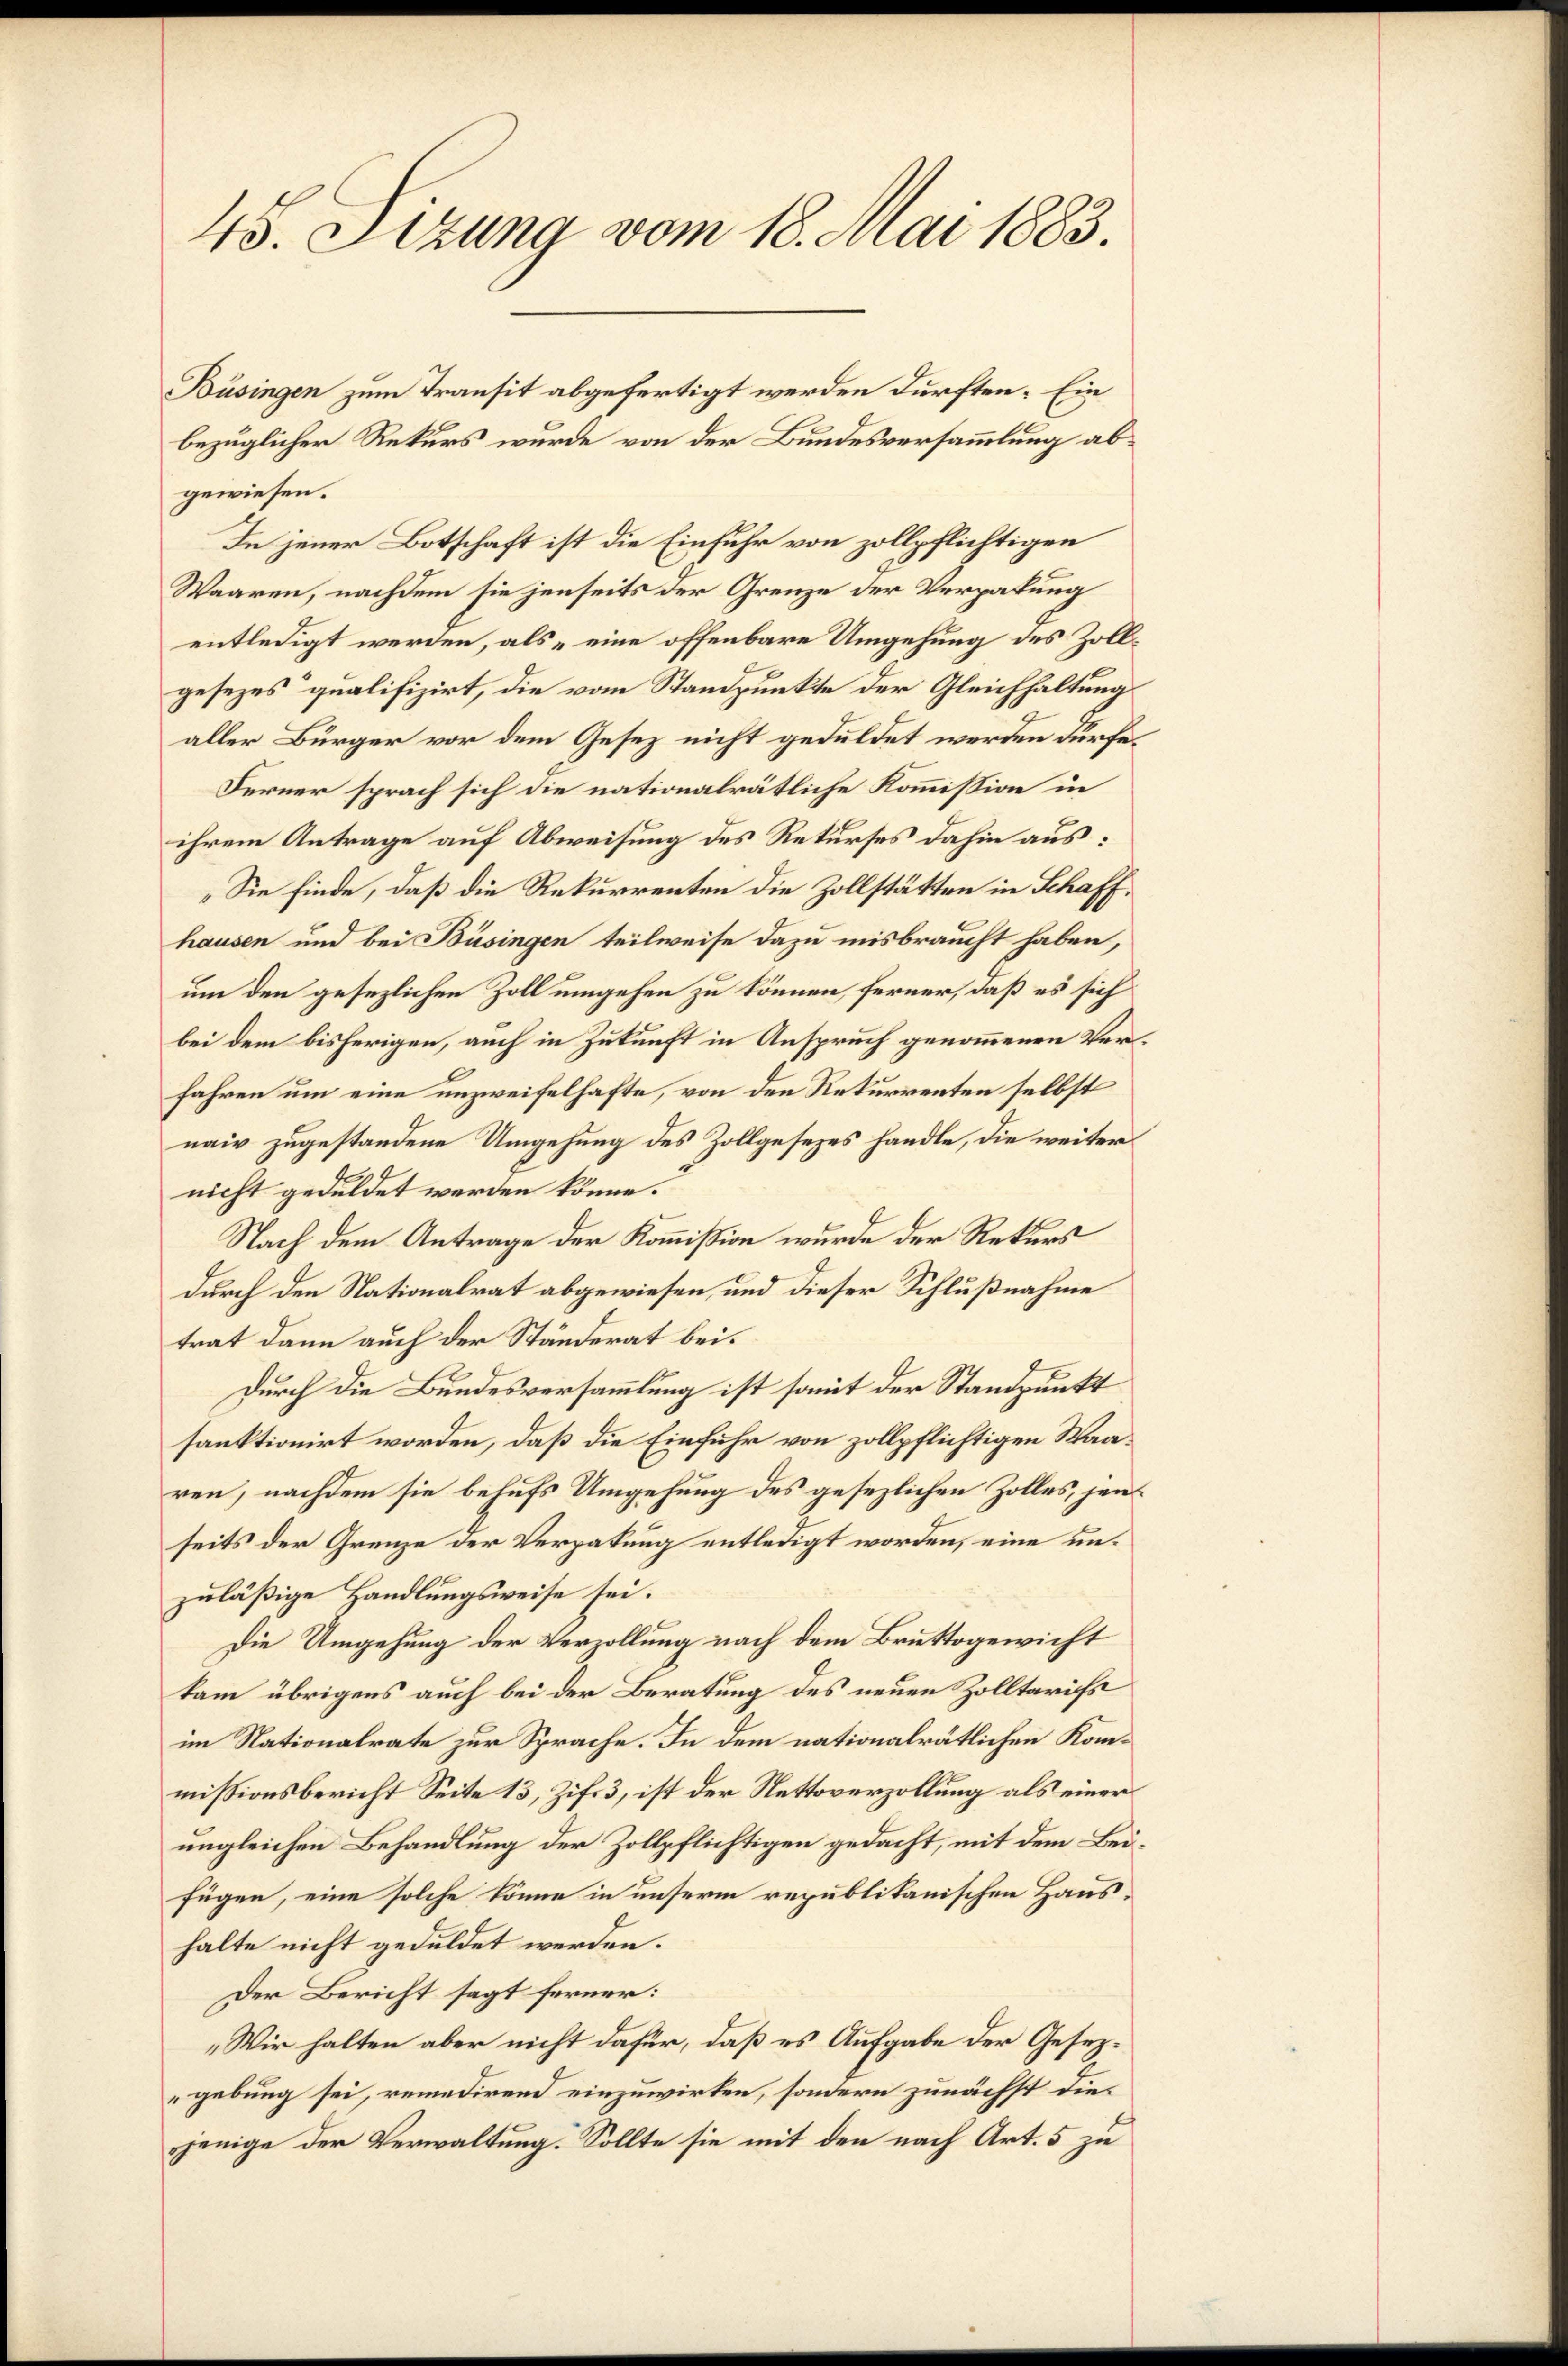
45. Sizung vom 18. Mai 1883.

gewiesen.
In jener Botschaft ist die Einfuhr von zollpflichtigen
Waaren, nachdem sie jenseits der Grenze der Vergabung
entledigt werden, als „eine offenbare Umgehung des Zollgesezes qualifizirt, die vom Standpunkte der Gleichhaltung
aller Bürger vor dem Gesez nicht geduldet werden dürfe.
Ferner sprach sich die nationalrätliche Kommission in
ihrem Antrage auf Abweisung des Rekurses dahin aus:
„Sie finde, daß die Rekurrenten die Zollstätten in Schaffhausen und bei Büsingen teilweise dazu misbraucht haben,
um den gesezlichen Zoll umgehen zu können, ferner, daß es sich
bei dem bisherigen, auch in Zukunft in Anspruch genommenen Verfahren um eine unzweifelhafte, von den Rekurrenten selbst
naiv zugestandene Umgehung des Zollgesezes handle, die weiter
nicht geduldet werden könne.
Nach dem Antrage der Kommission wurde der Rekurs
durch den Nationalrat abgewiesen, und dieser Schlußnahme
trat dann auch der Ständerat bei.
Durch die Bundesversammlung ist somit der Standpunkt
sanktionirt worden, daß die Einfuhr von zollpflichtigen Waaren, nachdem sie behufs Umgehung des gesezlichen Zolles, jens
seits der Grenze der Verpakung entledigt worden, eine unzuläßige Handlungsweise sei.
Die Umgehung der Verzollung nach dem Bruttogewicht
kam übrigens auch bei der Beratung des neuen Zolltarifs
im Nationalrate zur Sprache. In dem nationalrätlichen Kommißionsbericht Seite 13, Zif. 3, ist der Nettoverzollung als einer
ungleichen Behandlung der Zollpflichtigen gedacht, mit dem Beifügen, eine solche könne in unserm republikanischen Haushalte nicht geduldet werden.
Der Bericht sagt ferner:
„Wir halten aber nicht dafür, daß es Aufgabe der Gesezgebung sei, remedirend einzuwirken, sondern zunächst diejenige der Verwaltung. Sollte sie mit den nach Art. 5 zu

Büsingen zum Transit abgefertigt werden dürften. Ein
bezüglicher Rekurs wurde von der Bundesversammlung ab¬